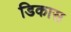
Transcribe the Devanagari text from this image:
डिकास